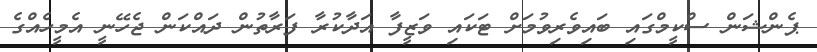
ޕެންޝަން ސްކީމްގައި ބައިވެރިވުމަށް ޓަކައި ވަޒީފާ އަދާކުރާ ފަރާތުން ދައްކަން ޖެހޭނީ އެމީހެއްގެ